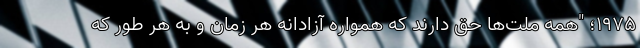
۱۹۷۵؛ "همه ملت‌ها حق دارند که همواره آزادانه هر زمان و به هر طور که